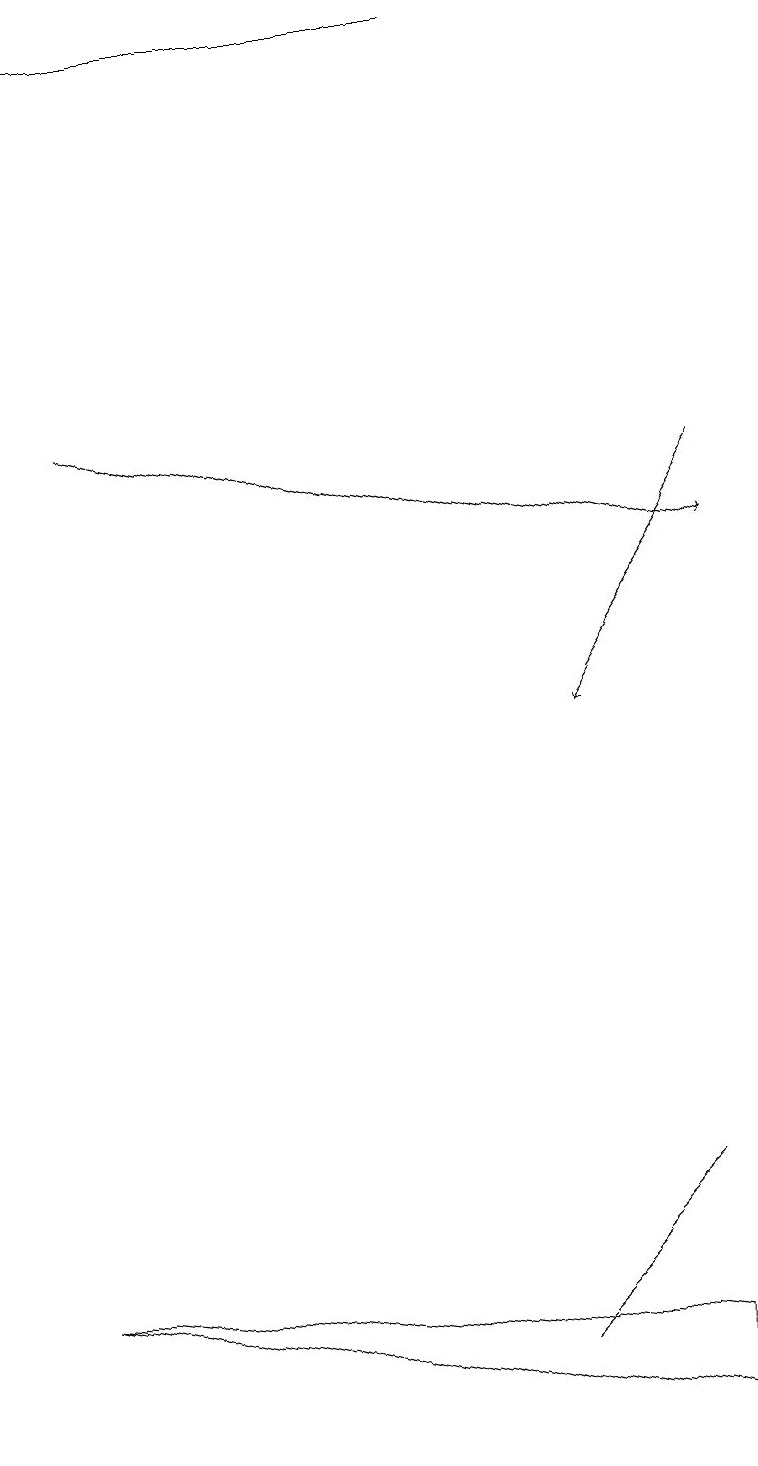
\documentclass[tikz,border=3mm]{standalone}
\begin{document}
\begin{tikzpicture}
\draw (1,19) rectangle (6,19);
\draw (8,2) -- (8,1) -- (0,3) -- cycle;
\draw (6,2) -- (8,4) -- (7,3) -- cycle;
\draw[->] (1,14) -- (9,12);
\draw[->] (9,13) -- (7,10);
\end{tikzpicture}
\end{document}